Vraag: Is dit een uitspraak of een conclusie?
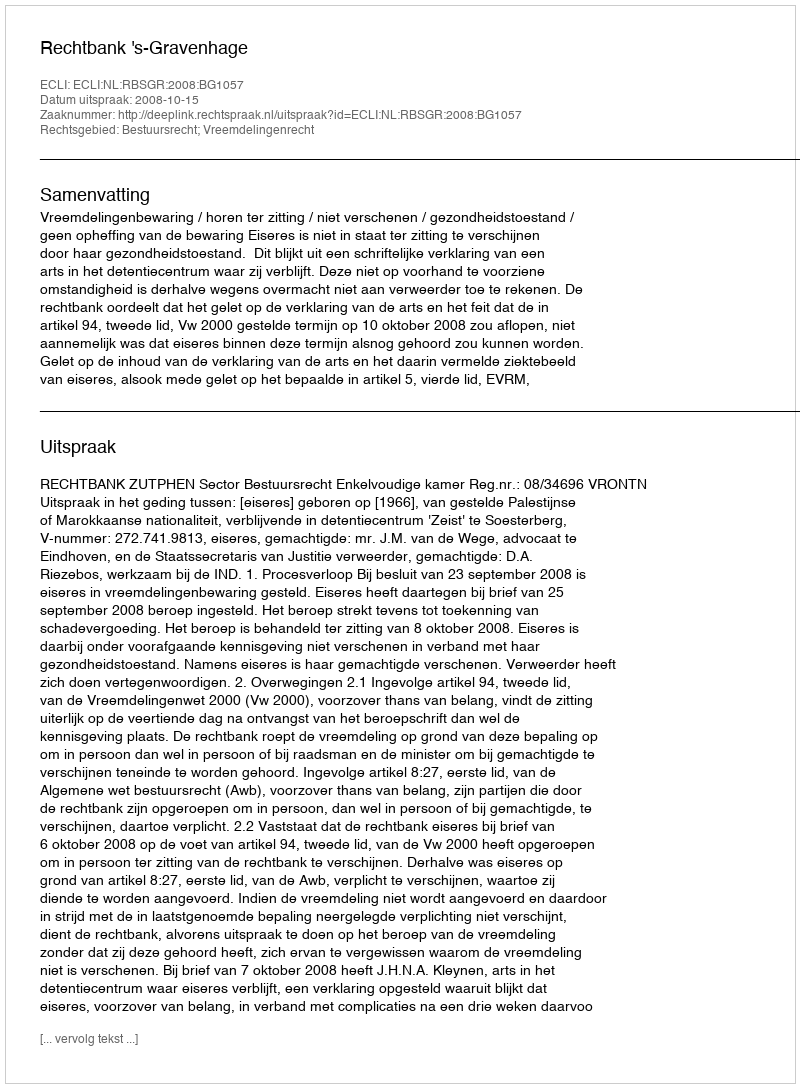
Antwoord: Uitspraak